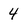
Character: 4